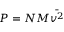
P = N M { \bar { v ^ { 2 } } }